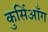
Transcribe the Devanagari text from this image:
कुर्सिआँग